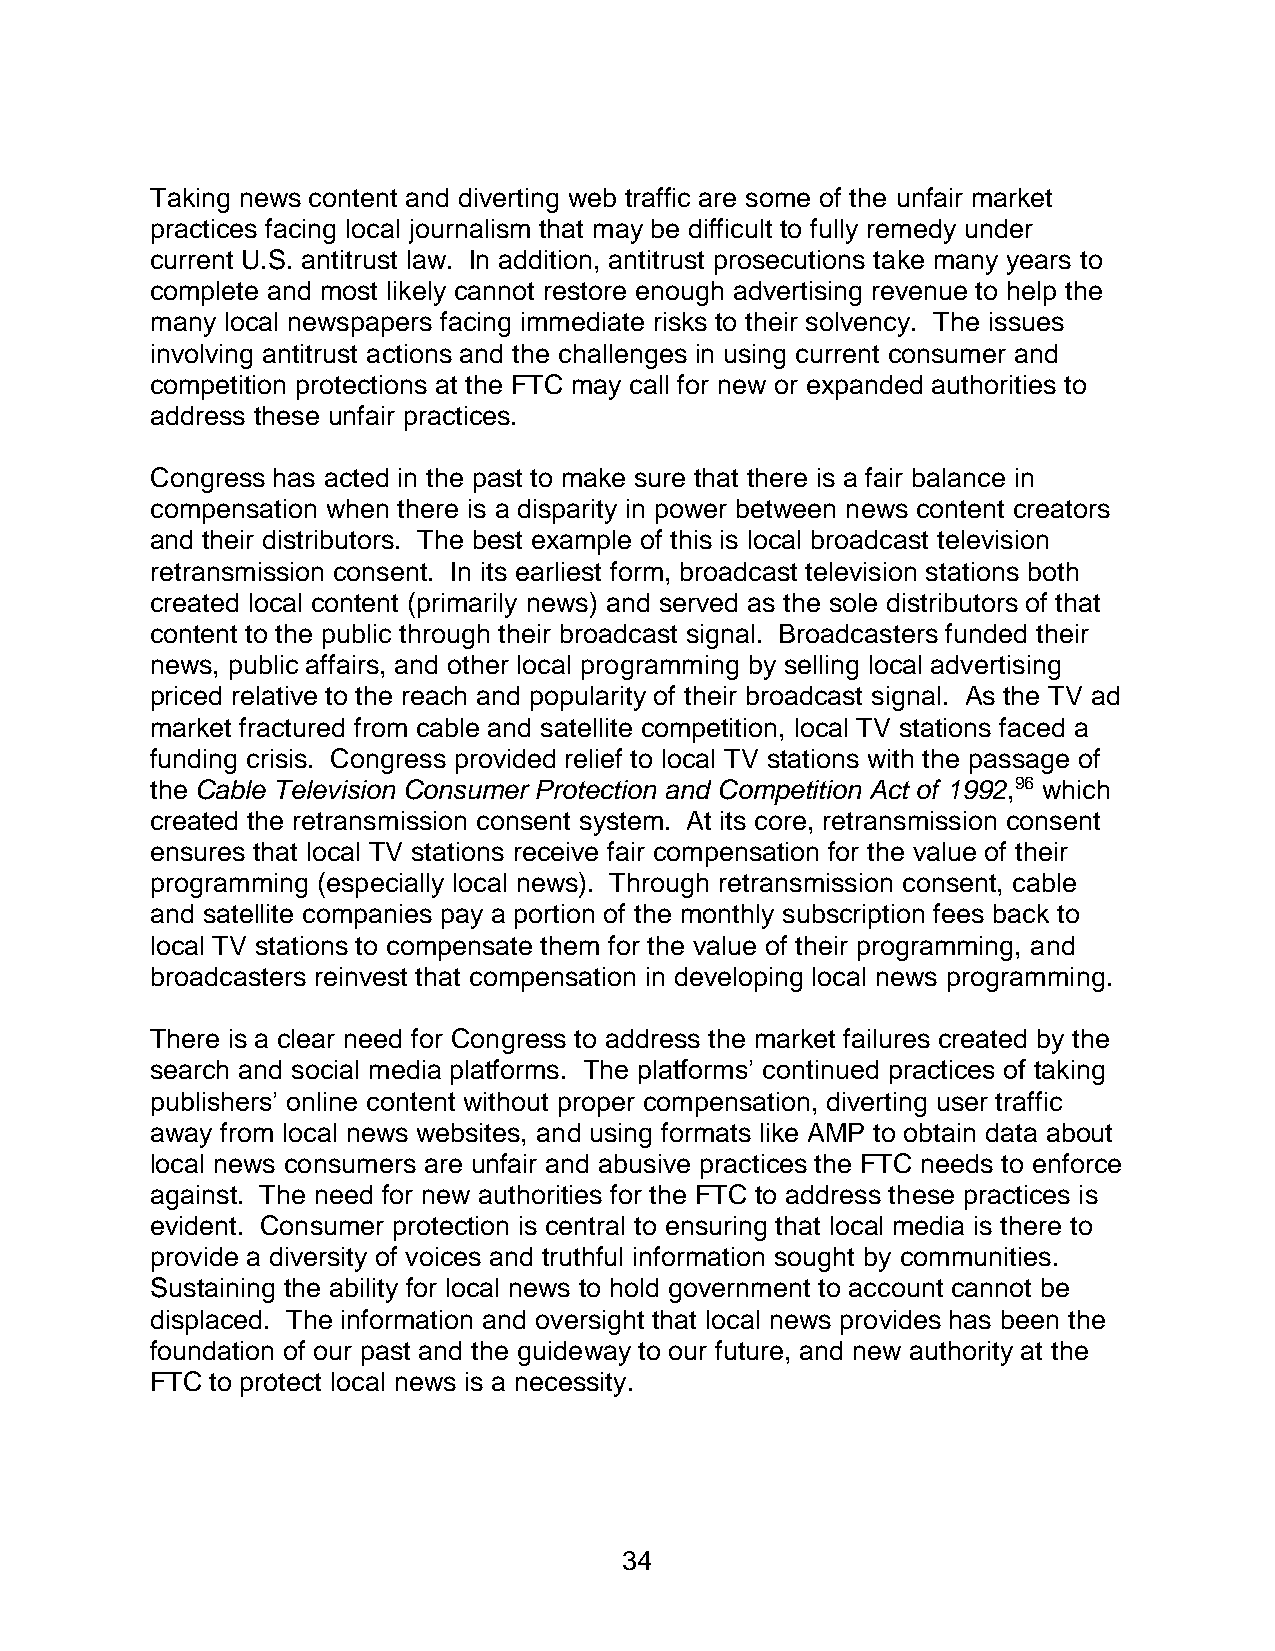
Taking news content and diverting web traffic are some of the unfair market
 practices facing local journalism that may be difficult to fully remedy under
 current U.S. antitrust law. In addition, antitrust prosecutions take many years to
 complete and most likely cannot restore enough advertising revenue to help the
 many local newspapers facing immediate risks to their solvency. The issues
 involving antitrust actions and the challenges in using current consumer and
 competition protections at the FTC may call for new or expanded authorities to
 address these unfair practices.
 Congress has acted in the past to make sure that there is a fair balance in
 compensation when there is a disparity in power between news content creators
 and their distributors. The best example of this is local broadcast television
 retransmission consent. In its earliest form, broadcast television stations both
 created local content (primarily news) and served as the sole distributors of that
 content to the public through their broadcast signal. Broadcasters funded their
 news, public affairs, and other local programming by selling local advertising
 priced relative to the reach and popularity of their broadcast signal. As the TV ad
 market fractured from cable and satellite competition, local TV stations faced a
 funding crisis. Congress provided relief to local TV stations with the passage of
 the Cable Television Consumer Protection and Competition Act of 1992,96 which
 created the retransmission consent system. At its core, retransmission consent
 ensures that local TV stations receive fair compensation for the value of their
 programming (especially local news). Through retransmission consent, cable
 and satellite companies pay a portion of the monthly subscription fees back to
 local TV stations to compensate them for the value of their programming, and
 broadcasters reinvest that compensation in developing local news programming.
 There is a clear need for Congress to address the market failures created by the
 search and social media platforms. The platforms’ continued practices of taking
 publishers’ online content without proper compensation, diverting user traffic
 away from local news websites, and using formats like AMP to obtain data about
 local news consumers are unfair and abusive practices the FTC needs to enforce
 against. The need for new authorities for the FTC to address these practices is
 evident. Consumer protection is central to ensuring that local media is there to
 provide a diversity of voices and truthful information sought by communities.
 Sustaining the ability for local news to hold government to account cannot be
 displaced. The information and oversight that local news provides has been the
 foundation of our past and the guideway to our future, and new authority at the
 FTC to protect local news is a necessity.
 34